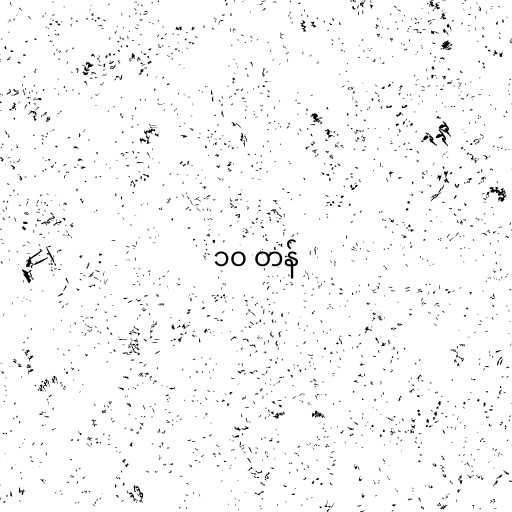
၁၀ တန်